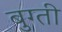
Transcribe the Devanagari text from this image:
बुग्ती